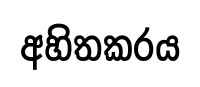
අහිතකරය